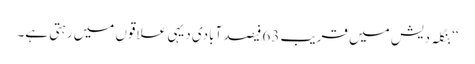
‘‘ بنگلہ دیش میں قریب 63 فیصد آبادی دیہی علاقوں میں رہتی ہے۔